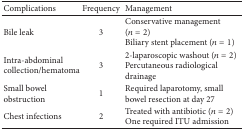
<table><thead><tr><td><b>Complications </b></td><td><b>Frequency </b></td><td><b>Management</b></td></tr></thead><tbody><tr><td>Bile leak </td><td>3</td><td>Conservative management (<i>n</i> = 2)Biliary stent placement (<i>n</i> = 1)</td></tr><tr><td>Intra-abdominal collection/hematoma</td><td>3</td><td>2-laparoscopic washout (<i>n</i> = 2)Percutaneous radiological drainage</td></tr><tr><td>Small bowel obstruction</td><td>1</td><td>Required laparotomy, small bowel resection at day 27</td></tr><tr><td>Chest infections</td><td>2</td><td>Treated with antibiotic (<i>n</i> = 2)One required ITU admission</td></tr></tbody></table>